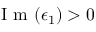
\mathrm { ~ I ~ m ~ } ( \epsilon _ { 1 } ) > 0